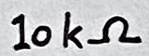
Text: 10kΩ